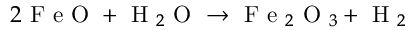
2 \mathrm { ~ F ~ e ~ O ~ } + \mathrm { ~ H ~ } _ { 2 } \mathrm { ~ O ~ } \rightarrow \mathrm { ~ F ~ e ~ } _ { 2 } \mathrm { ~ O ~ } _ { 3 } + \mathrm { ~ H ~ } _ { 2 }